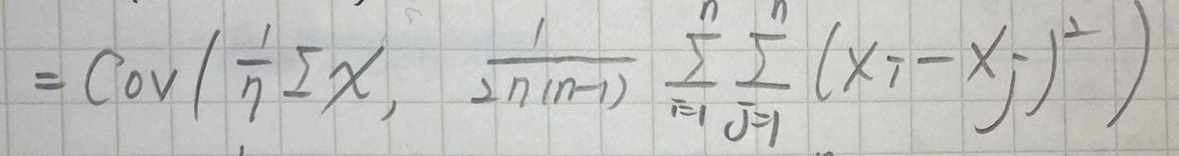
\[
= \text{Cov}\left(\frac{1}{n}\sum_{i = 1}^{n}X_i,\frac{1}{2n(n - 1)}\sum_{i = 1}^{n}\sum_{j = 1}^{n}(X_i - X_j)^2\right)
\]